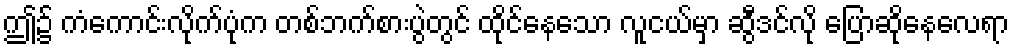
ဤ၌ ကံကောင်းလိုက်ပုံက တစ်ဘက်စားပွဲတွင် ထိုင်နေသော လူငယ်မှာ ဆွီဒင်လို ပြောဆိုနေလေရာ